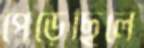
পেড়েছিলে